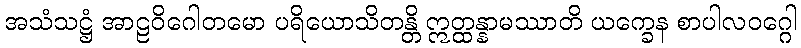
အသံသဋ္ဌံ အာဠဝိဂေါတမော ပရိယောသိတန္တိ ဣတ္ထန္နာမဿာတိ ယက္ခေန စာပါလဝဂ္ဂေါ